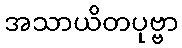
အသာယိတပုဗ္ဗာ